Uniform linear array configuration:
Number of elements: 48
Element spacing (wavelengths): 0.75
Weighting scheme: uniform
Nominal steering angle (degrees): -30
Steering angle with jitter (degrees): -28.275
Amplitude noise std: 0.05
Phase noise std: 0.05

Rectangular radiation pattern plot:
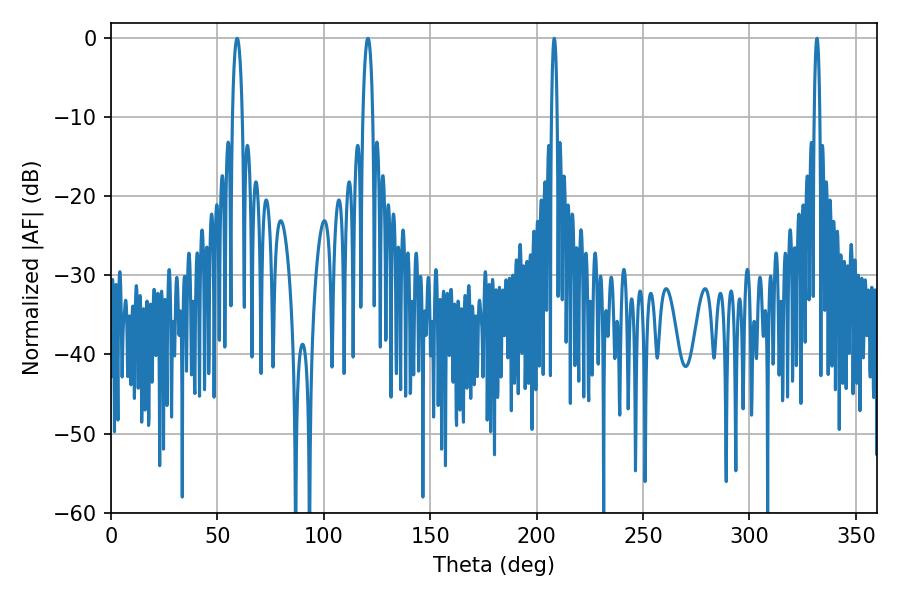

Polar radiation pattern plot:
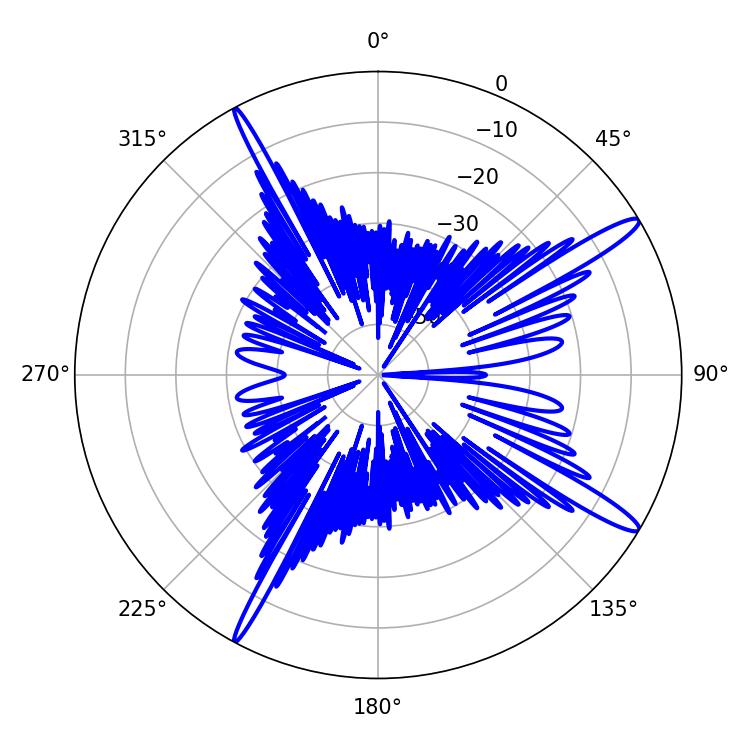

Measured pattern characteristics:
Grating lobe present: TRUE
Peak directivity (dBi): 15.004
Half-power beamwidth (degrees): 1.44
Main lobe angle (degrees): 208.26